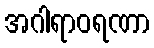
အဂါရာဝရဏာ